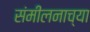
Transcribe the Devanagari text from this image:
संमीलनाच्या